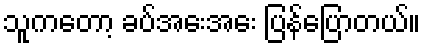
သူကတော့ ခပ်အေးအေး ပြန်ပြောတယ်။